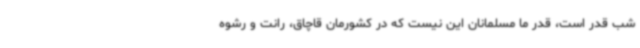
شب قدر است، قدر ما مسلمانان این نیست که در کشورمان قاچاق، رانت و رشوه